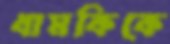
ধামকিকে